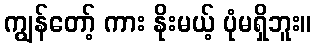
ကျွန်တော့် ကား နိုးမယ့် ပုံမရှိဘူး။